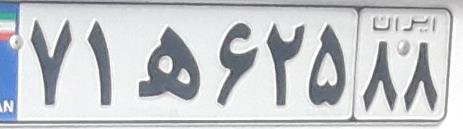
۷۱ه۶۲۵۸۸